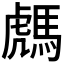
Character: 𩤌